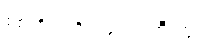
စစ်ကိုင်းတိုင်းဒေသကြီးတွင်